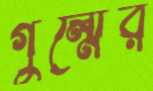
গুল্মের